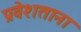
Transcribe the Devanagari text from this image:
प्रवेशताना